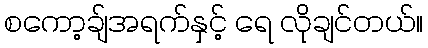
စကော့ချ်အရက်နှင့် ရေ လိုချင်တယ်။